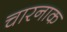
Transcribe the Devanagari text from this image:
चारनाक